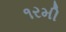
૧રમી